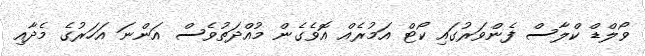
ވޯލްޑް ކްލާސް ފެންވަރުގައި ކޯޓް އަމުރެއް އޮވެގެން މުއްދަތުވެސް އަންނަ އަހަރުގެ މެދާއި